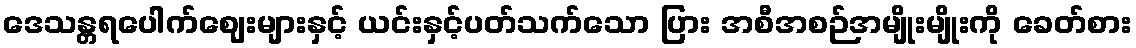
ဒေသန္တရပေါက်ဈေးများနှင့် ယင်းနှင့်ပတ်သက်သော ပြား အစီအစဉ်အမျိုးမျိုးကို ခေတ်စား